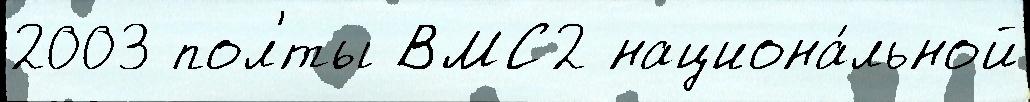
2003 пол'́ты ВМС2 национа́льной